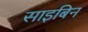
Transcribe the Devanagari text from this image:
साइबिन